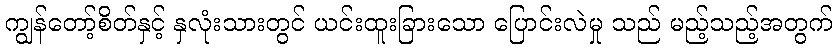
ကျွန်တော့်စိတ်နှင့် နှလုံးသားတွင် ယင်းထူးခြားသော ပြောင်းလဲမှု သည် မည့်သည့်အတွက်